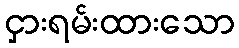
ငှားရမ်းထားသော